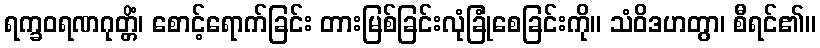
ရက္ခဝရဏဂုတ္တိံ၊ စောင့်ရောက်ခြင်း တားမြစ်ခြင်းလုံခြုံစေခြင်းကို။ သံဝိဒဟတွာ၊ စီရင်၏။